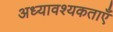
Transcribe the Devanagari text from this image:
अध्यावश्यकताएँ